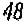
48